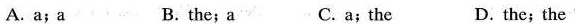
A.a;a B. the;a C. a;the D.the;the